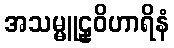
အသမ္မူဠှဝိဟာရိနံ